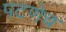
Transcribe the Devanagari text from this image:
पटणेच